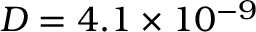
D = 4 . 1 \times 1 0 ^ { - 9 }